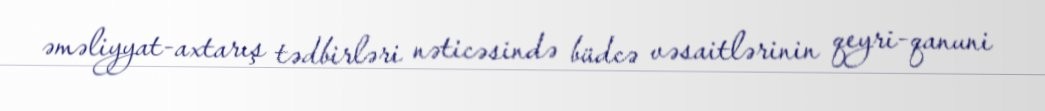
əməliyyat-axtarış tədbirləri nəticəsində büdcə vəsaitlərinin qeyri-qanuni